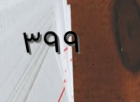
٣٩٩